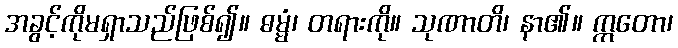
အခွင့်ကိုမရှာသည်ဖြစ်၍။ ဓမ္မံ၊ တရားကို။ သုဏာတိ၊ နာ၏။ ဣတော၊